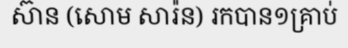
ស៊ាន (សោម សារ៉ន) រកបាន១គ្រាប់